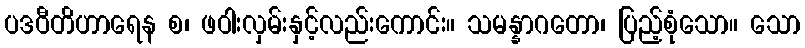
ပဒဝီတိဟာရေန စ၊ ဖဝါးလှမ်းနှင့်လည်းကောင်း။ သမန္နာဂတော၊ ပြည့်စုံသော။ သော